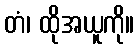
တံ၊ ထိုအယူကို။